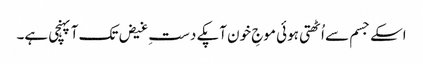
اسکے جسم سے اُٹھتی ہوئی موجِ خون آپکے دستِ غیض تک آپہنچی ہے۔